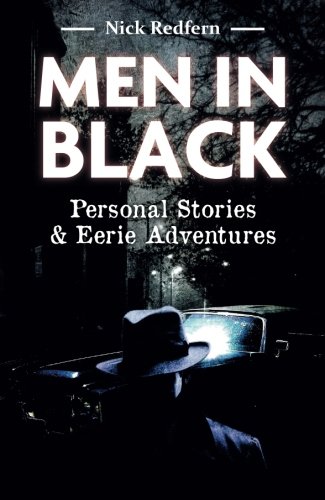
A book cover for Men In Black: Personal Stories & Eerie Adventures; Nick Redfern; Science & Math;